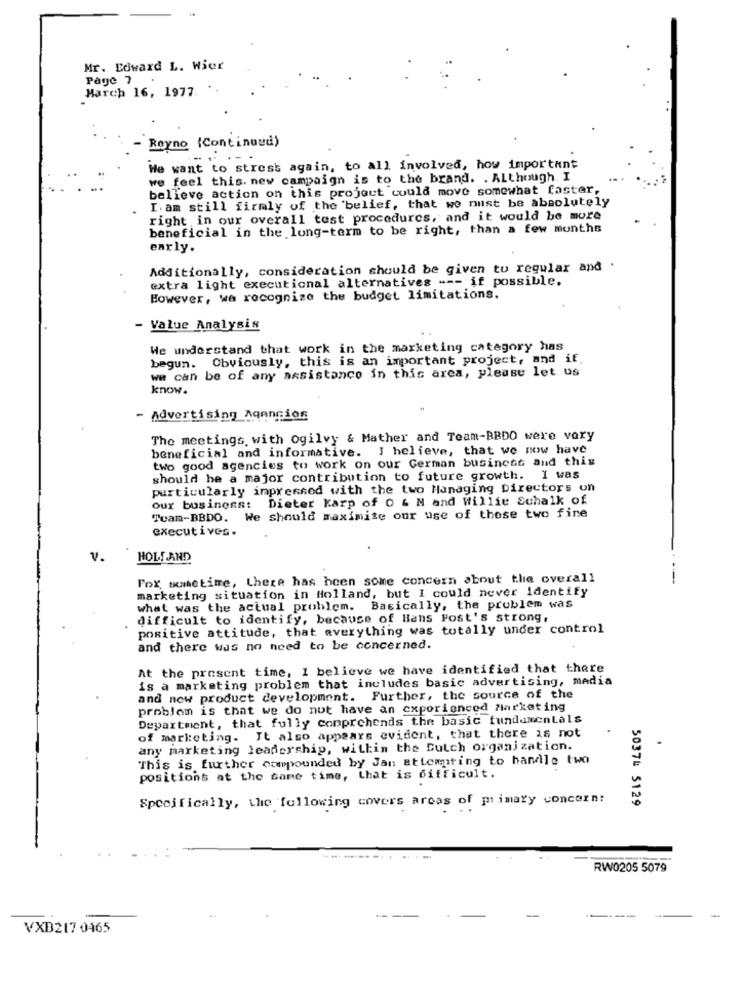
Mr. Edward L. Wier
Page 7
March 16, 1977.
- Royno (Continued)
..... ...
We want to strest again, to all involved, how important
we feel this. new campaign is to the brand. . Although. I
believe action on this project could move somewhat faster,
I. am still firmly of the belief, that we must be absolutely
right in our overall test procedures, and it would be more
beneficial in the long-term to be right, than a few months
early.
Additionally, consideration should be given to regular and
extra light executional alternatives --- if possible.
However, we recognize the budget limitations.
- Value Analysis
We understand that work in the marketing category has
begun. Obviously, this is an important project, and if.
we can be of any assistance in this area, please let us
know.
- Advertising Agencies
The meetings with ogilvy & Mather and Team-BBDO were very
beneficial and informative. I believe, that we now have
two good agencies to work on our German business and this
should be a major contribution to future growth. I was
particularly impressed with the two Managing Directors on
Our business: Dieter Karp of O & M and Willie Schalk of
Team-BBDO. We should maximize our use of those two fine
executives.
V.
HOLLAND
For sometime, there has been some concern about the overall
marketing situation in Holland, but I could never identify
what was the actual problem. Basically, the problem was
difficult to identify, because of Hans Fost's strong,
positive attitude, that everything was totally under control
and there was no need to be concerned.
At the present time, I believe we have identified that there
is a marketing problem that includes basic advertising, media
and new product development. Further, the source of the
problem is that we do not have an experienced marketing
Department, that fully comprehends the basic fundamentals
of marketing. It also appears evident, that there is not
any marketing leadership, within the Dutch organization.
This is further compounded by Jan attempting to handle two
positions at the same time, that is difficult.
Specifically, the following covers areas of primary concern:
50374 5129
.
. :
RW0205 5079
VXB217 0465